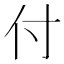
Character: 付